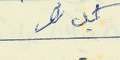
كميل نصر